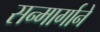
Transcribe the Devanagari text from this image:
सन्मार्गाने